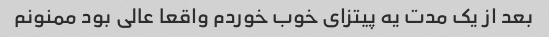
بعد از یک مدت یه پیتزای خوب خوردم واقعا عالی بود ممنونم